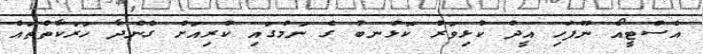
އެސްޓީއޯ ނޫފަހި އީދު ކުޅިވަރު ކޮޅުނބު ގެ ނަމުގައި ކުރިއަށް ގެންދާ ހަރަކާތްތައް